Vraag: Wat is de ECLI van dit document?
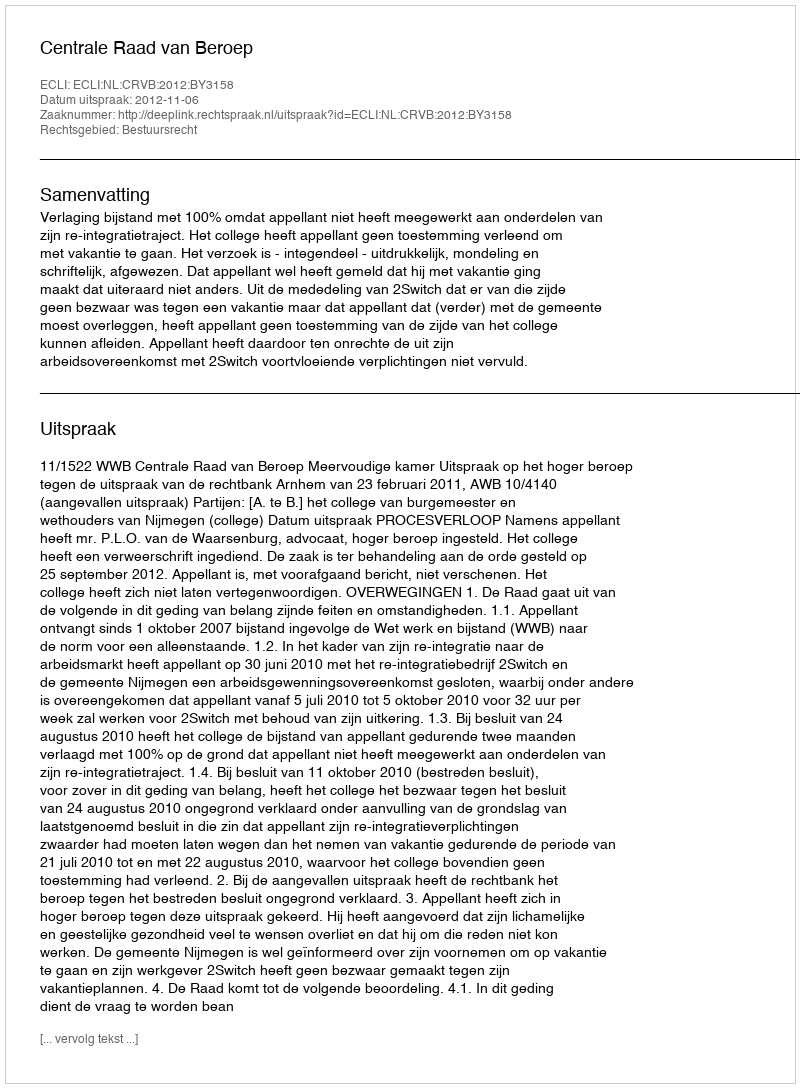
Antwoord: ECLI:NL:CRVB:2012:BY3158